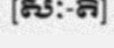
[សៈ-តិ]